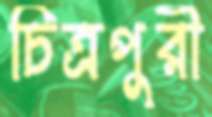
চিত্রপুরী